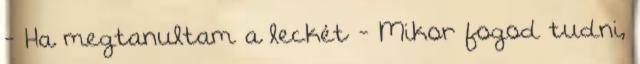
- Ha megtanultam a leckét - Mikor fogod tudni,